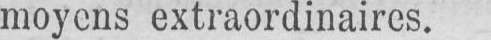
moyens extraordinaires.